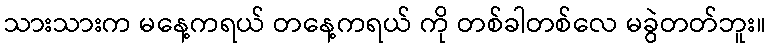
သားသားက မနေ့ကရယ် တနေ့ကရယ် ကို တစ်ခါတစ်လေ မခွဲတတ်ဘူး။